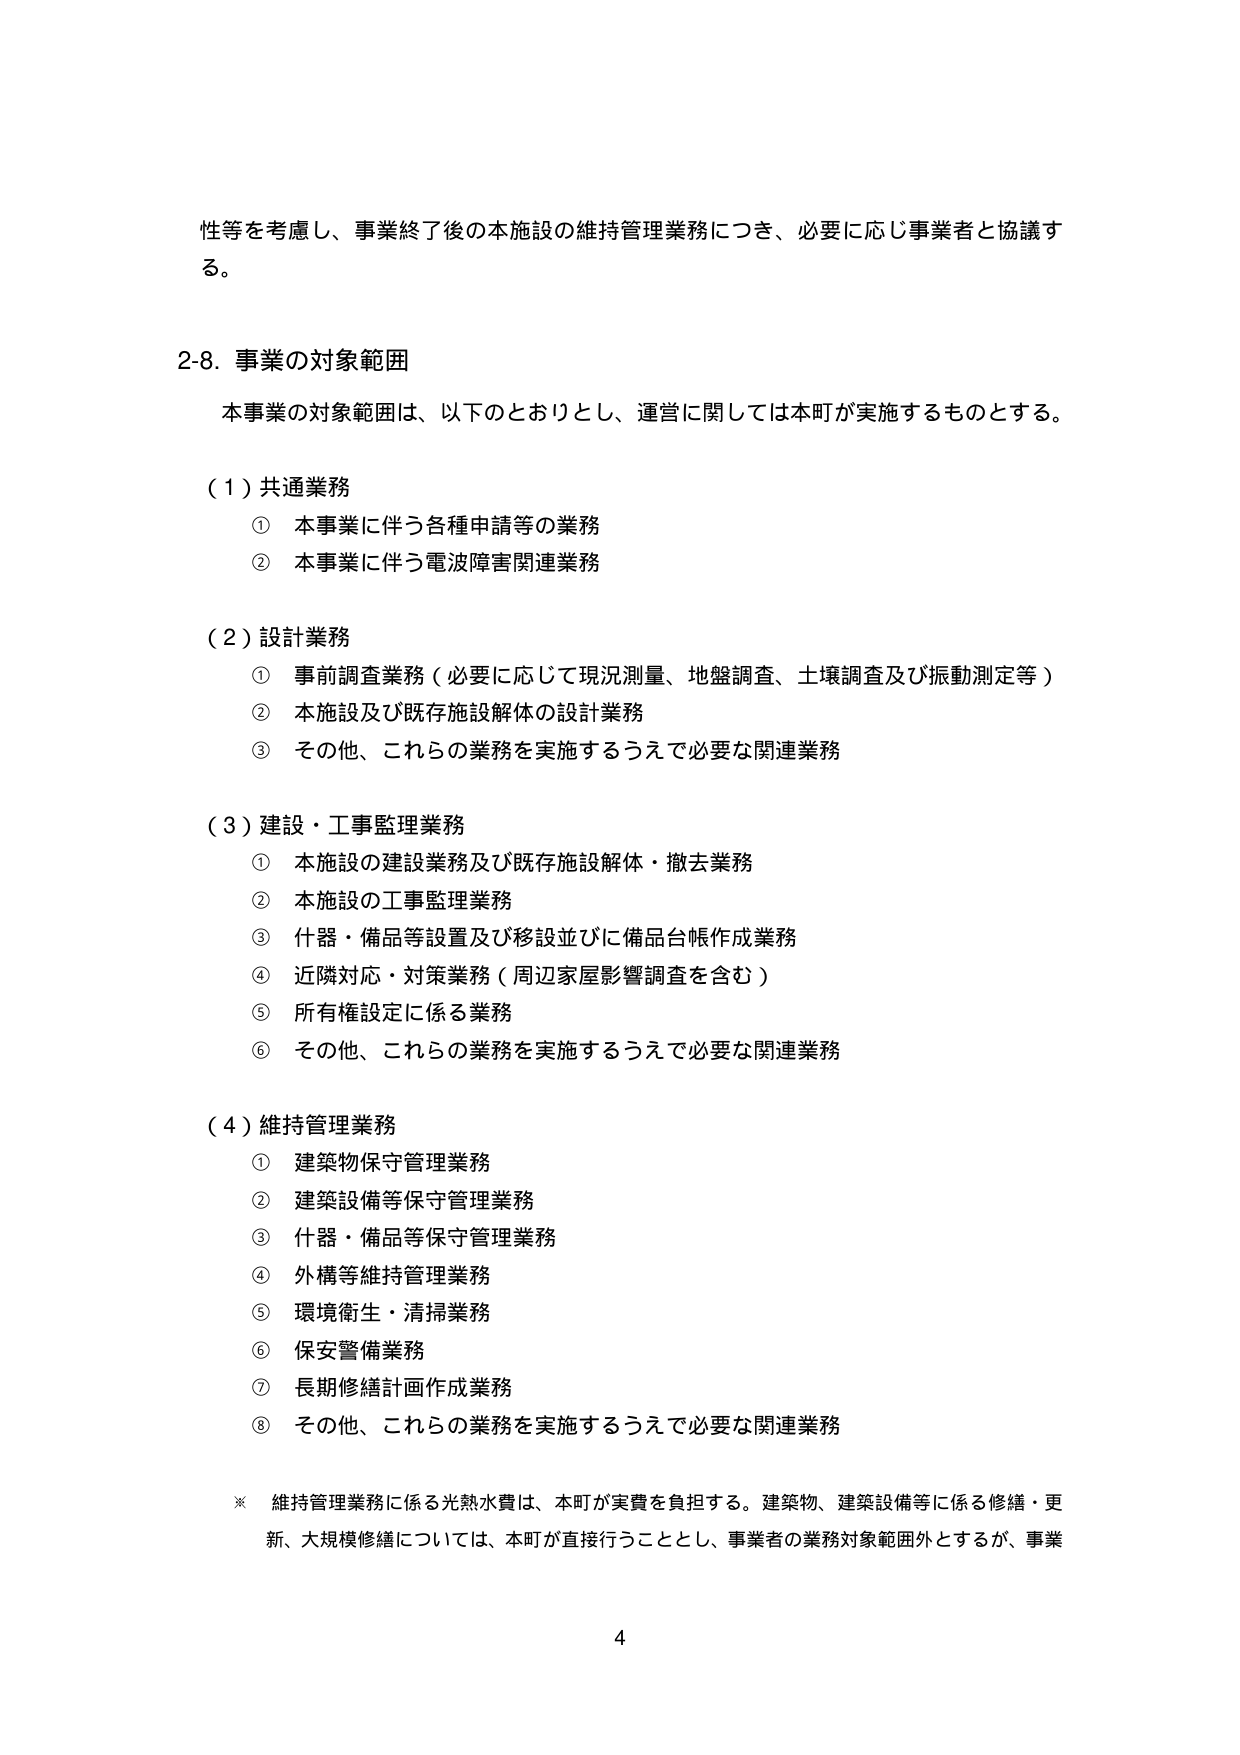
性等を考慮し、事業終了後の本施設の維持管理業務につき、必要に応じ事業者と協議する。

2-8. 事業の対象範囲

本事業の対象範囲は、以下のとおりとし、運営に関しては本町が実施するものとする。

（1）共通業務
① 本事業に伴う各種申請等の業務
② 本事業に伴う電波障害関連業務

（2）設計業務
① 事前調査業務（必要に応じて現況測量、地盤調査、土壌調査及び振動測定等）
② 本施設及び既存施設解体の設計業務
③ その他、これらの業務を実施するうえで必要な関連業務

（3）建設・工事監理業務
① 本施設の建設業務及び既存施設解体・撤去業務
② 本施設の工事監理業務
③ 什器・備品等設置及び移設並びに備品台帳作成業務
④ 近隣対応・対策業務（周辺家屋影響調査を含む）
⑤ 所有権設定に係る業務
⑥ その他、これらの業務を実施するうえで必要な関連業務

（4）維持管理業務
① 建築物保守管理業務
② 建築設備等保守管理業務
③ 什器・備品等保守管理業務
④ 外構等維持管理業務
⑤ 環境衛生・清掃業務
⑥ 保安警備業務
⑦ 長期修繕計画作成業務
⑧ その他、これらの業務を実施するうえで必要な関連業務

※ 維持管理業務に係る光熱水費は、本町が実費を負担する。建築物、建築設備等に係る修繕・更新、大規模修繕については、本町が直接行うこととし、事業者の業務対象範囲外とするが、事業

4